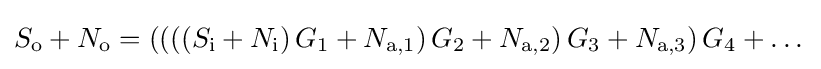
S_{\mathrm {o} }+N_{\mathrm {o} }=\left(\left(\left(\left(S_{\mathrm {i} }+N_{\mathrm {i} }\right)G_{1}+N_{\mathrm {a} ,1}\right)G_{2}+N_{\mathrm {a} ,2}\right)G_{3}+N_{\mathrm {a} ,3}\right)G_{4}+\dots